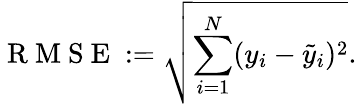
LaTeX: \mathrm{~R~M~S~E~}:=\sqrt{\sum_{i=1}^{N}(y_{i}-\tilde{y}_{i})^{2}}.